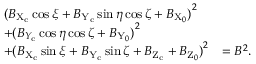
\begin{array} { l l } { { ( B _ { \mathrm { X } _ { \mathrm { c } } } \cos \xi + B _ { \mathrm { Y } _ { \mathrm { c } } } \sin \eta \cos \zeta + B _ { \mathrm { X } _ { 0 } } ) } ^ { 2 } } \\ { + { ( B _ { Y _ { \mathrm { c } } } \cos \eta \cos \zeta + B _ { \mathrm { Y } _ { 0 } } ) } ^ { 2 } } \\ { + { ( B _ { \mathrm { X } _ { \mathrm { c } } } \sin \xi + B _ { \mathrm { Y } _ { \mathrm { c } } } \sin \zeta + B _ { \mathrm { Z } _ { \mathrm { c } } } + B _ { \mathrm { Z } _ { 0 } } ) } ^ { 2 } } & { = { B } ^ { 2 } . } \end{array}